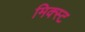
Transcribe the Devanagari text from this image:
मिक्स्ट